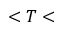
< T <